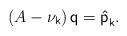
LaTeX: \begin{align*}\left( A-\nu _{\mathsf{k}}\right) \mathsf{q=\hat{p}}_{\mathsf{k}}.\end{align*}